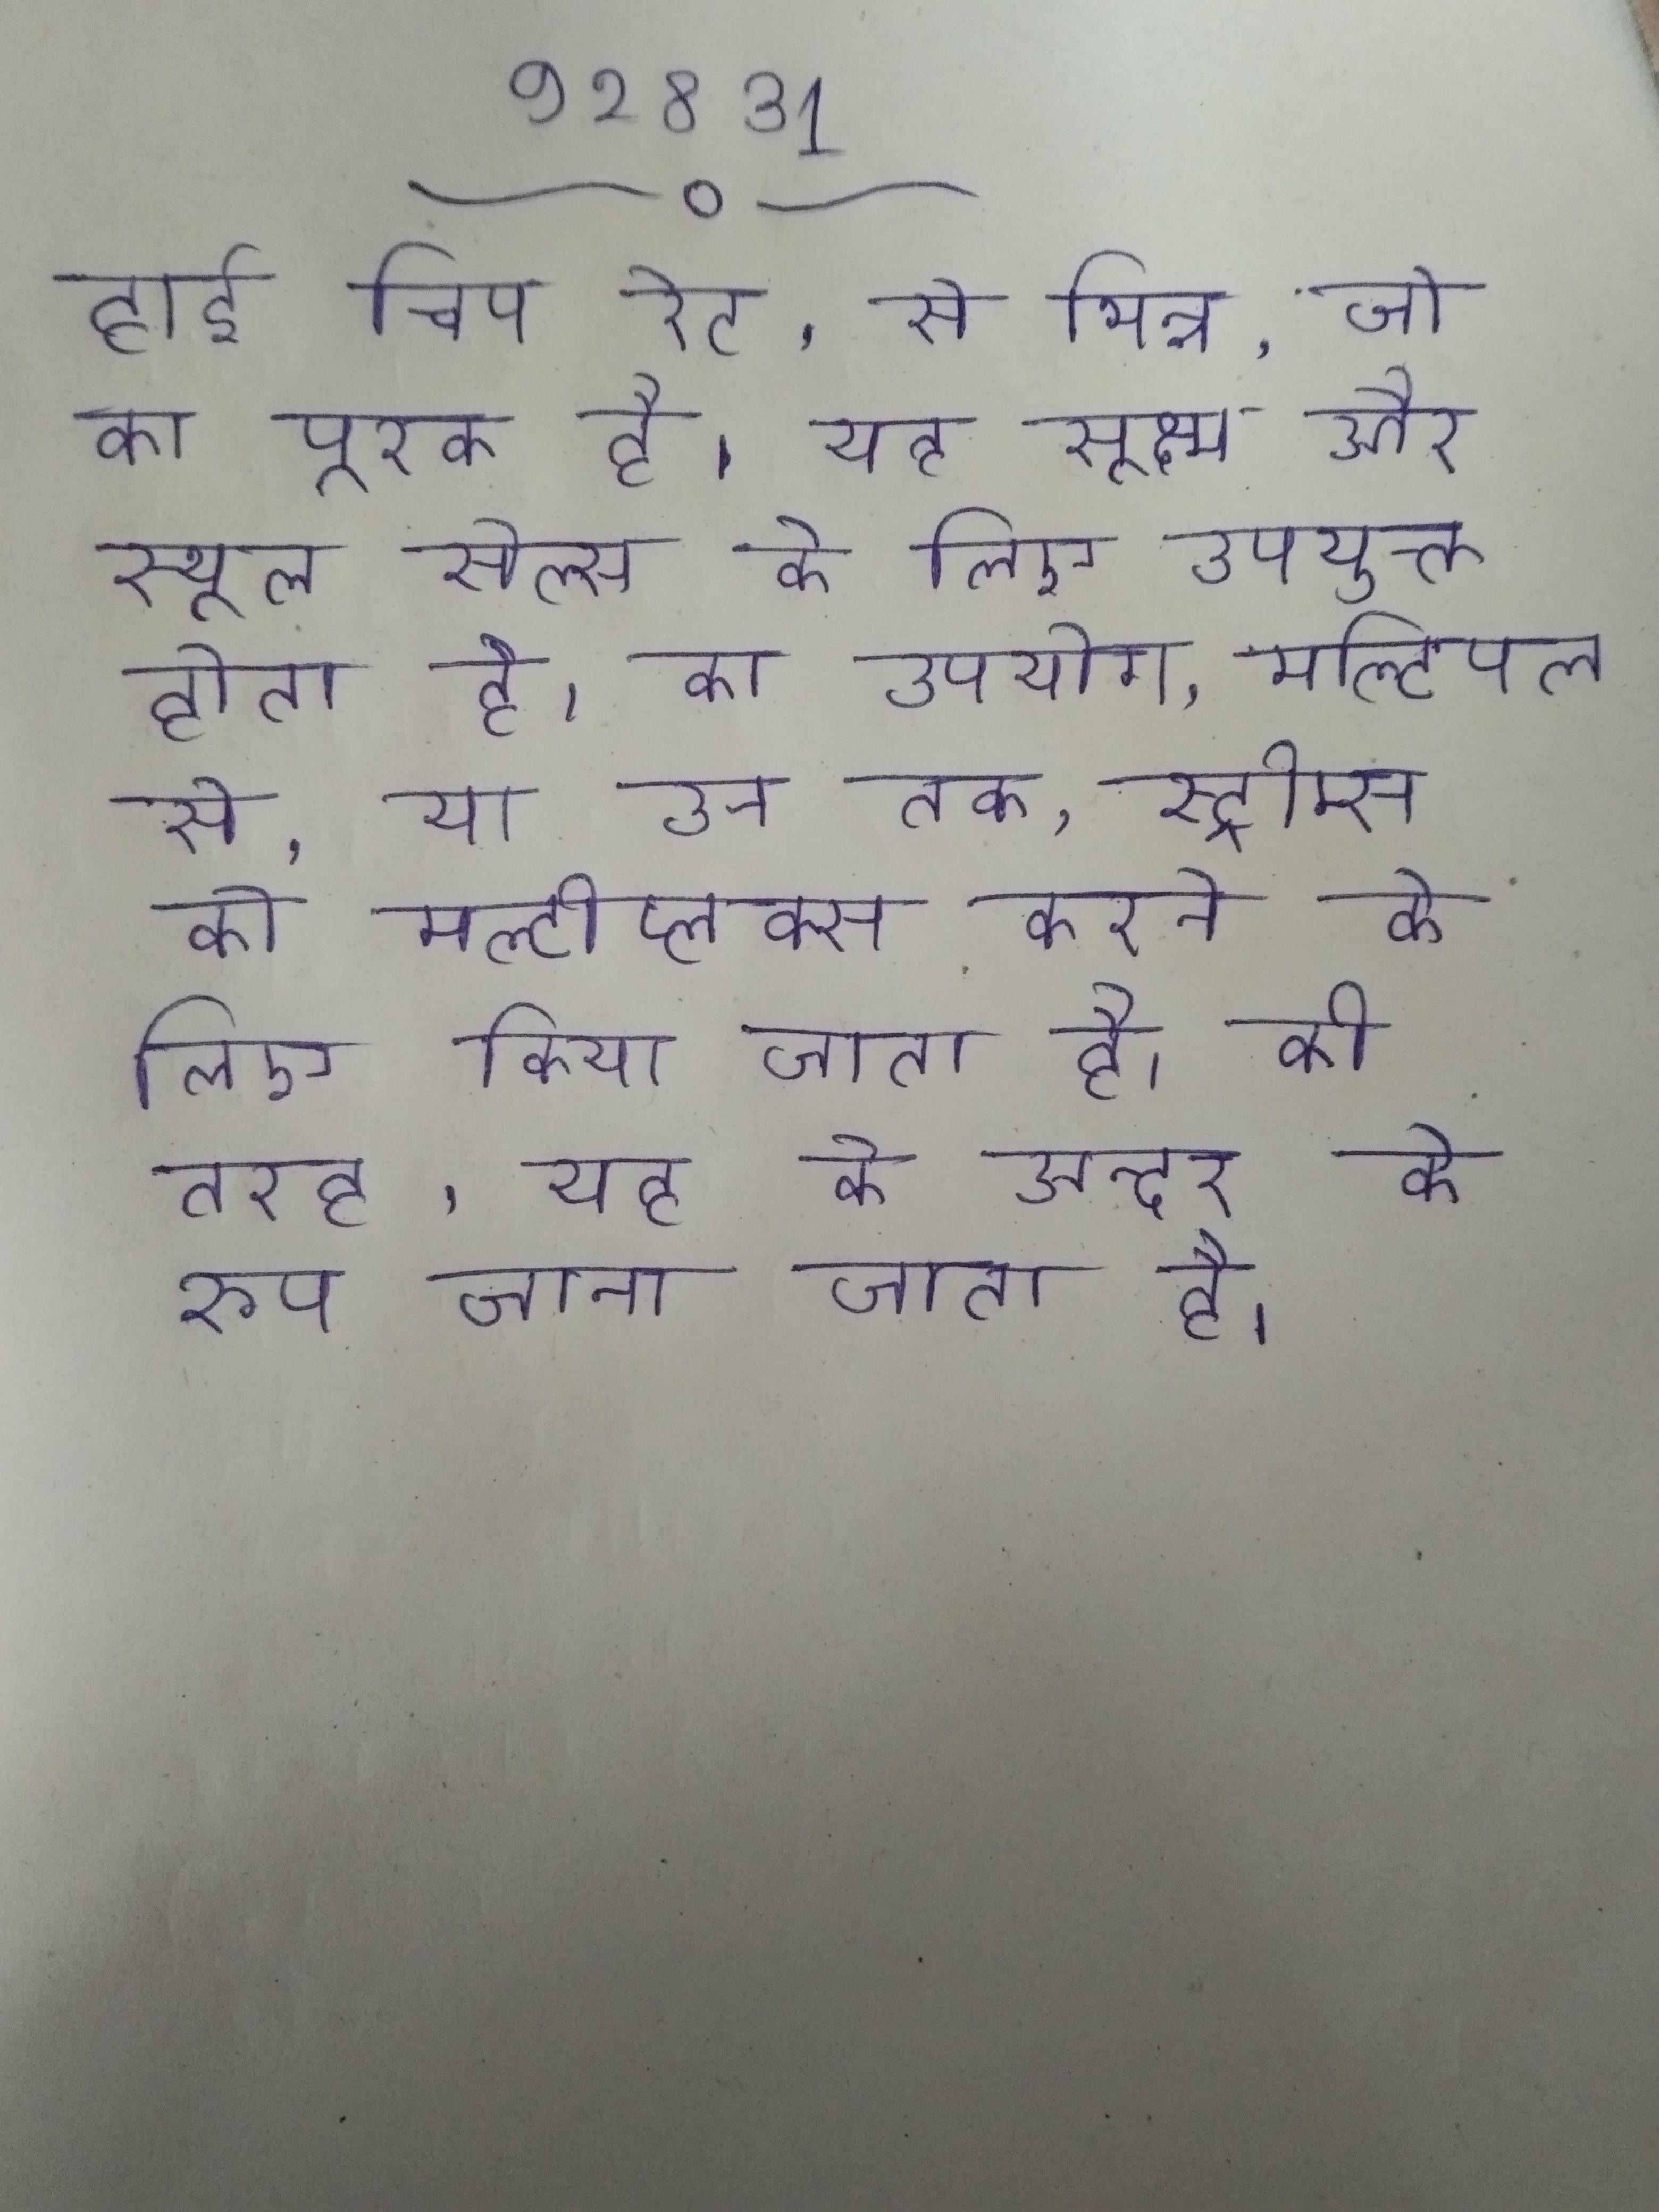
हाई चिप रेट, से भिन्न, जो का पूरक है, यह सूक्ष्म और स्थूल सेल्स के लिए उपयुक्त होता है । का उपयोग, मल्टिपल से, या उन तक, स्ट्रीम्स को मल्टीप्लेक्स करने के लिए किया जाता है । की तरह, यह के अन्दर के रूप जाना जाता है ।